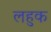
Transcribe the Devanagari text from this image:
लहुक